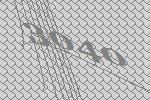
3040